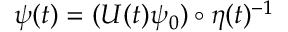
\psi ( t ) = ( U ( t ) \psi _ { 0 } ) \circ \boldsymbol \eta ( t ) ^ { - 1 }